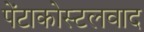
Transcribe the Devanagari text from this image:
पेंटाकोस्टलवाद